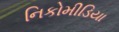
નિકોમીડિયા